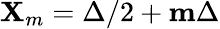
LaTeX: \mathbf{X}_{m}=\Delta/2+\mathbf{m}\Delta